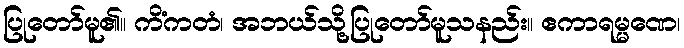
ပြုတော်မူ၏။ ကိံကတံ၊ အဘယ်သို့ပြုတော်မူသနည်း။ ဧကာရမ္မဏေ၊